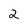
Character: 2